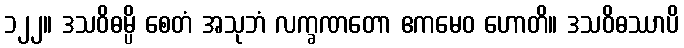
၁၂၂။ ဒသဝိဓမ္ပိ စေတံ အသုဘံ လက္ခဏတော ဧကမေဝ ဟောတိ။ ဒသဝိဓဿာပိ